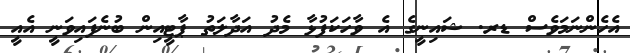
އެހެންނަމަވެސް ޑރ. ޝައިނީގެ އެ ވާހަކަފުޅާ މެދު އަދާލަތު ޕާޓީއިން ބުނެފައިވަނީ އެއީ